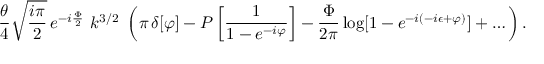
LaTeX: \frac { \theta } { 4 } \sqrt { \frac { i \pi } { 2 } } \, e ^ { - i \frac { \Phi } { 2 } } \, \, k ^ { 3 / 2 } \, \, \left( \pi \, \delta [ \varphi ] - { \cal P } \left[ \frac { 1 } { 1 - e ^ { - i \varphi } } \right] - \frac { \Phi } { 2 \pi } \log [ 1 - e ^ { - i ( - i \epsilon + \varphi ) } ] + \dots \right) .